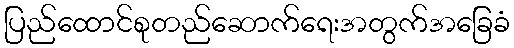
ပြည်ထောင်စုတည်ဆောက်ရေးအတွက်အခြေခံ